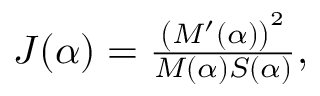
\begin{array} { r } { J ( \alpha ) = \frac { \left( M ^ { \prime } ( \alpha ) \right) ^ { 2 } } { M ( \alpha ) S ( \alpha ) } , } \end{array}